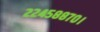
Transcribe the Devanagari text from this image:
२२४५८८७०।